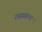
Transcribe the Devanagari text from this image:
रसप्रबन्ध